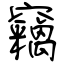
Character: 竊